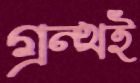
গ্রন্থই